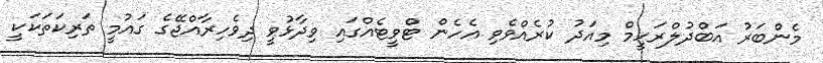
މެންބަރު އަބްދުލްރަހީމް މިއަދު ކުރެއްވެވި އެހެން ޓްވީޓެއްގައި ވިދާޅުވީ ދިވެހިރާއްޖޭގެ ގައުމީ ތަރިކަތަކަކީ